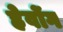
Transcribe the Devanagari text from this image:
हेवोंग